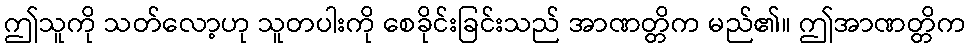
ဤသူကို သတ်လော့ဟု သူတပါးကို စေခိုင်းခြင်းသည် အာဏတ္တိက မည်၏။ ဤအာဏတ္တိက